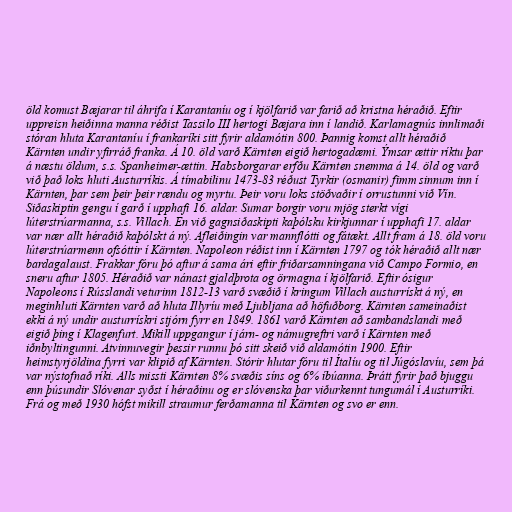
öld komust Bæjarar til áhrifa í Karantaníu og í kjölfarið var farið að kristna héraðið. Eftir
uppreisn heiðinna manna réðist Tassilo III hertogi Bæjara inn í landið. Karlamagnús innlimaði
stóran hluta Karantaníu í frankaríki sitt fyrir aldamótin 800. Þannig komst allt héraðið
Kärnten undir yfirráð franka. Á 10. öld varð Kärnten eigið hertogadæmi. Ýmsar ættir ríktu þar
á næstu öldum, s.s. Spanheimer-ættin. Habsborgarar erfðu Kärnten snemma á 14. öld og varð
við það loks hluti Austurríkis. Á tímabilinu 1473-83 réðust Tyrkir (osmanir) fimm sinnum inn í
Kärnten, þar sem þeir þeir rændu og myrtu. Þeir voru loks stöðvaðir í orrustunni við Vín.
Siðaskiptin gengu í garð í upphafi 16. aldar. Sumar borgir voru mjög sterkt vígi
lúterstrúarmanna, s.s. Villach. En við gagnsiðaskipti kaþólsku kirkjunnar í upphafi 17. aldar
var nær allt héraðið kaþólskt á ný. Afleiðingin var mannflótti og fátækt. Allt fram á 18. öld voru
lúterstrúarmenn ofsóttir í Kärnten. Napoleon réðist inn í Kärnten 1797 og tók héraðið allt nær
bardagalaust. Frakkar fóru þó aftur á sama ári eftir friðarsamningana við Campo Formio, en
sneru aftur 1805. Héraðið var nánast gjaldþrota og örmagna í kjölfarið. Eftir ósigur
Napoleons í Rússlandi veturinn 1812-13 varð svæðið í kringum Villach austurrískt á ný, en
meginhluti Kärnten varð að hluta Illyríu með Ljubljana að höfuðborg. Kärnten sameinaðist
ekki á ný undir austurrískri stjórn fyrr en 1849. 1861 varð Kärnten að sambandslandi með
eigið þing í Klagenfurt. Mikill uppgangur í járn- og námugreftri varð í Kärnten með
iðnbyltingunni. Atvinnuvegir þessir runnu þó sitt skeið við aldamótin 1900. Eftir
heimstyrjöldina fyrri var klipið af Kärnten. Stórir hlutar fóru til Ítalíu og til Júgóslavíu, sem þá
var nýstofnað ríki. Alls missti Kärnten 8% svæðis síns og 6% íbúanna. Þrátt fyrir það bjuggu
enn þúsundir Slóvenar syðst í héraðinu og er slóvenska þar viðurkennt tungumál í Austurríki.
Frá og með 1930 hófst mikill straumur ferðamanna til Kärnten og svo er enn.